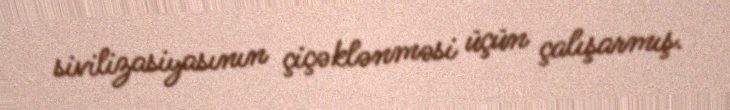
sivilizasiyasının çiçəklənməsi üçün çalışarmış.